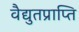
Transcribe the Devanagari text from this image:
वैद्युतप्राप्ति